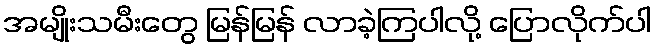
အမျိုးသမီးတွေ မြန်မြန် လာခဲ့ကြပါလို့ ပြောလိုက်ပါ